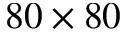
8 0 \times 8 0